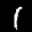
Label: 1